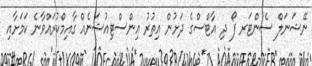
ނޭޝަނަލް ސެންޓަރ ފޯ ދި އާޓްސްގެ ދަށުން އިތުރު އިންސްޓިއުޝަނެއް ގާއިމްކުރައްވާނެ ކަމަށާއި